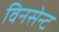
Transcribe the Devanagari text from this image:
विनसेन्ट